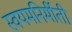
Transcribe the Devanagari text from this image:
स्वयमनिर्मीती